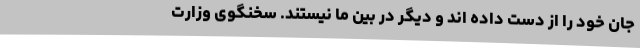
جان خود را از دست داده اند و دیگر در بین ما نیستند. سخنگوی وزارت